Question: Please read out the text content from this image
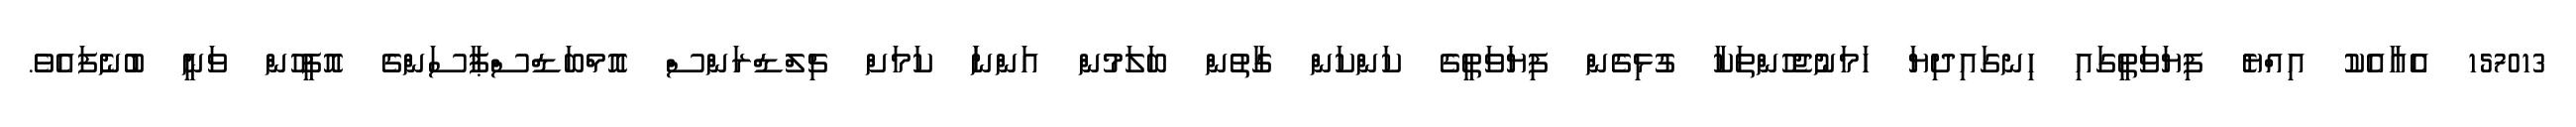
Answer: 157013 އެެއާއެކު އިއްޔެ ފިޔަވަތީގައި ހިނގައިދިޔަ ހަމަނުޖެހުންތަކާ ގުޅިގެން ފިޔަވަތީގެ ކަންކަން ގާތުން ބަލަމުން އަންނަަ ކަމަށް ޗިލްޑްރަންސް އޮމްބަޑްސްޕާސަންގެ އޮފީހުން ވަނީ ބުނެފައެވެ.